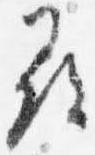
尋